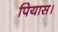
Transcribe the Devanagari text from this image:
पियास।